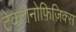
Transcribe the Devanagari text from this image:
टेक्टोनोफ़िज़िक्स